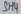
Text: SH4